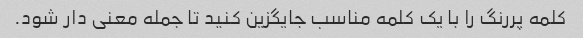
کلمه پررنگ را با یک کلمه مناسب جایگزین کنید تا جمله معنی دار شود.